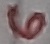
Text: 6